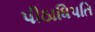
પીઠાધિપતિ